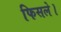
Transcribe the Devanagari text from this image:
फिसले।